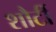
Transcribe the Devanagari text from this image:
शौर्टी